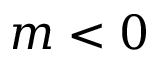
m < 0